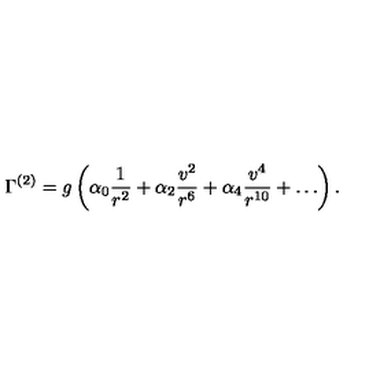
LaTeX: \Gamma ^ { ( 2 ) } = g \left( \alpha _ { 0 } { \frac { 1 } { r ^ { 2 } } } + \alpha _ { 2 } { \frac { v ^ { 2 } } { r ^ { 6 } } } + \alpha _ { 4 } { \frac { v ^ { 4 } } { r ^ { 1 0 } } } + \dots \right) .